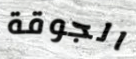
الجوقة